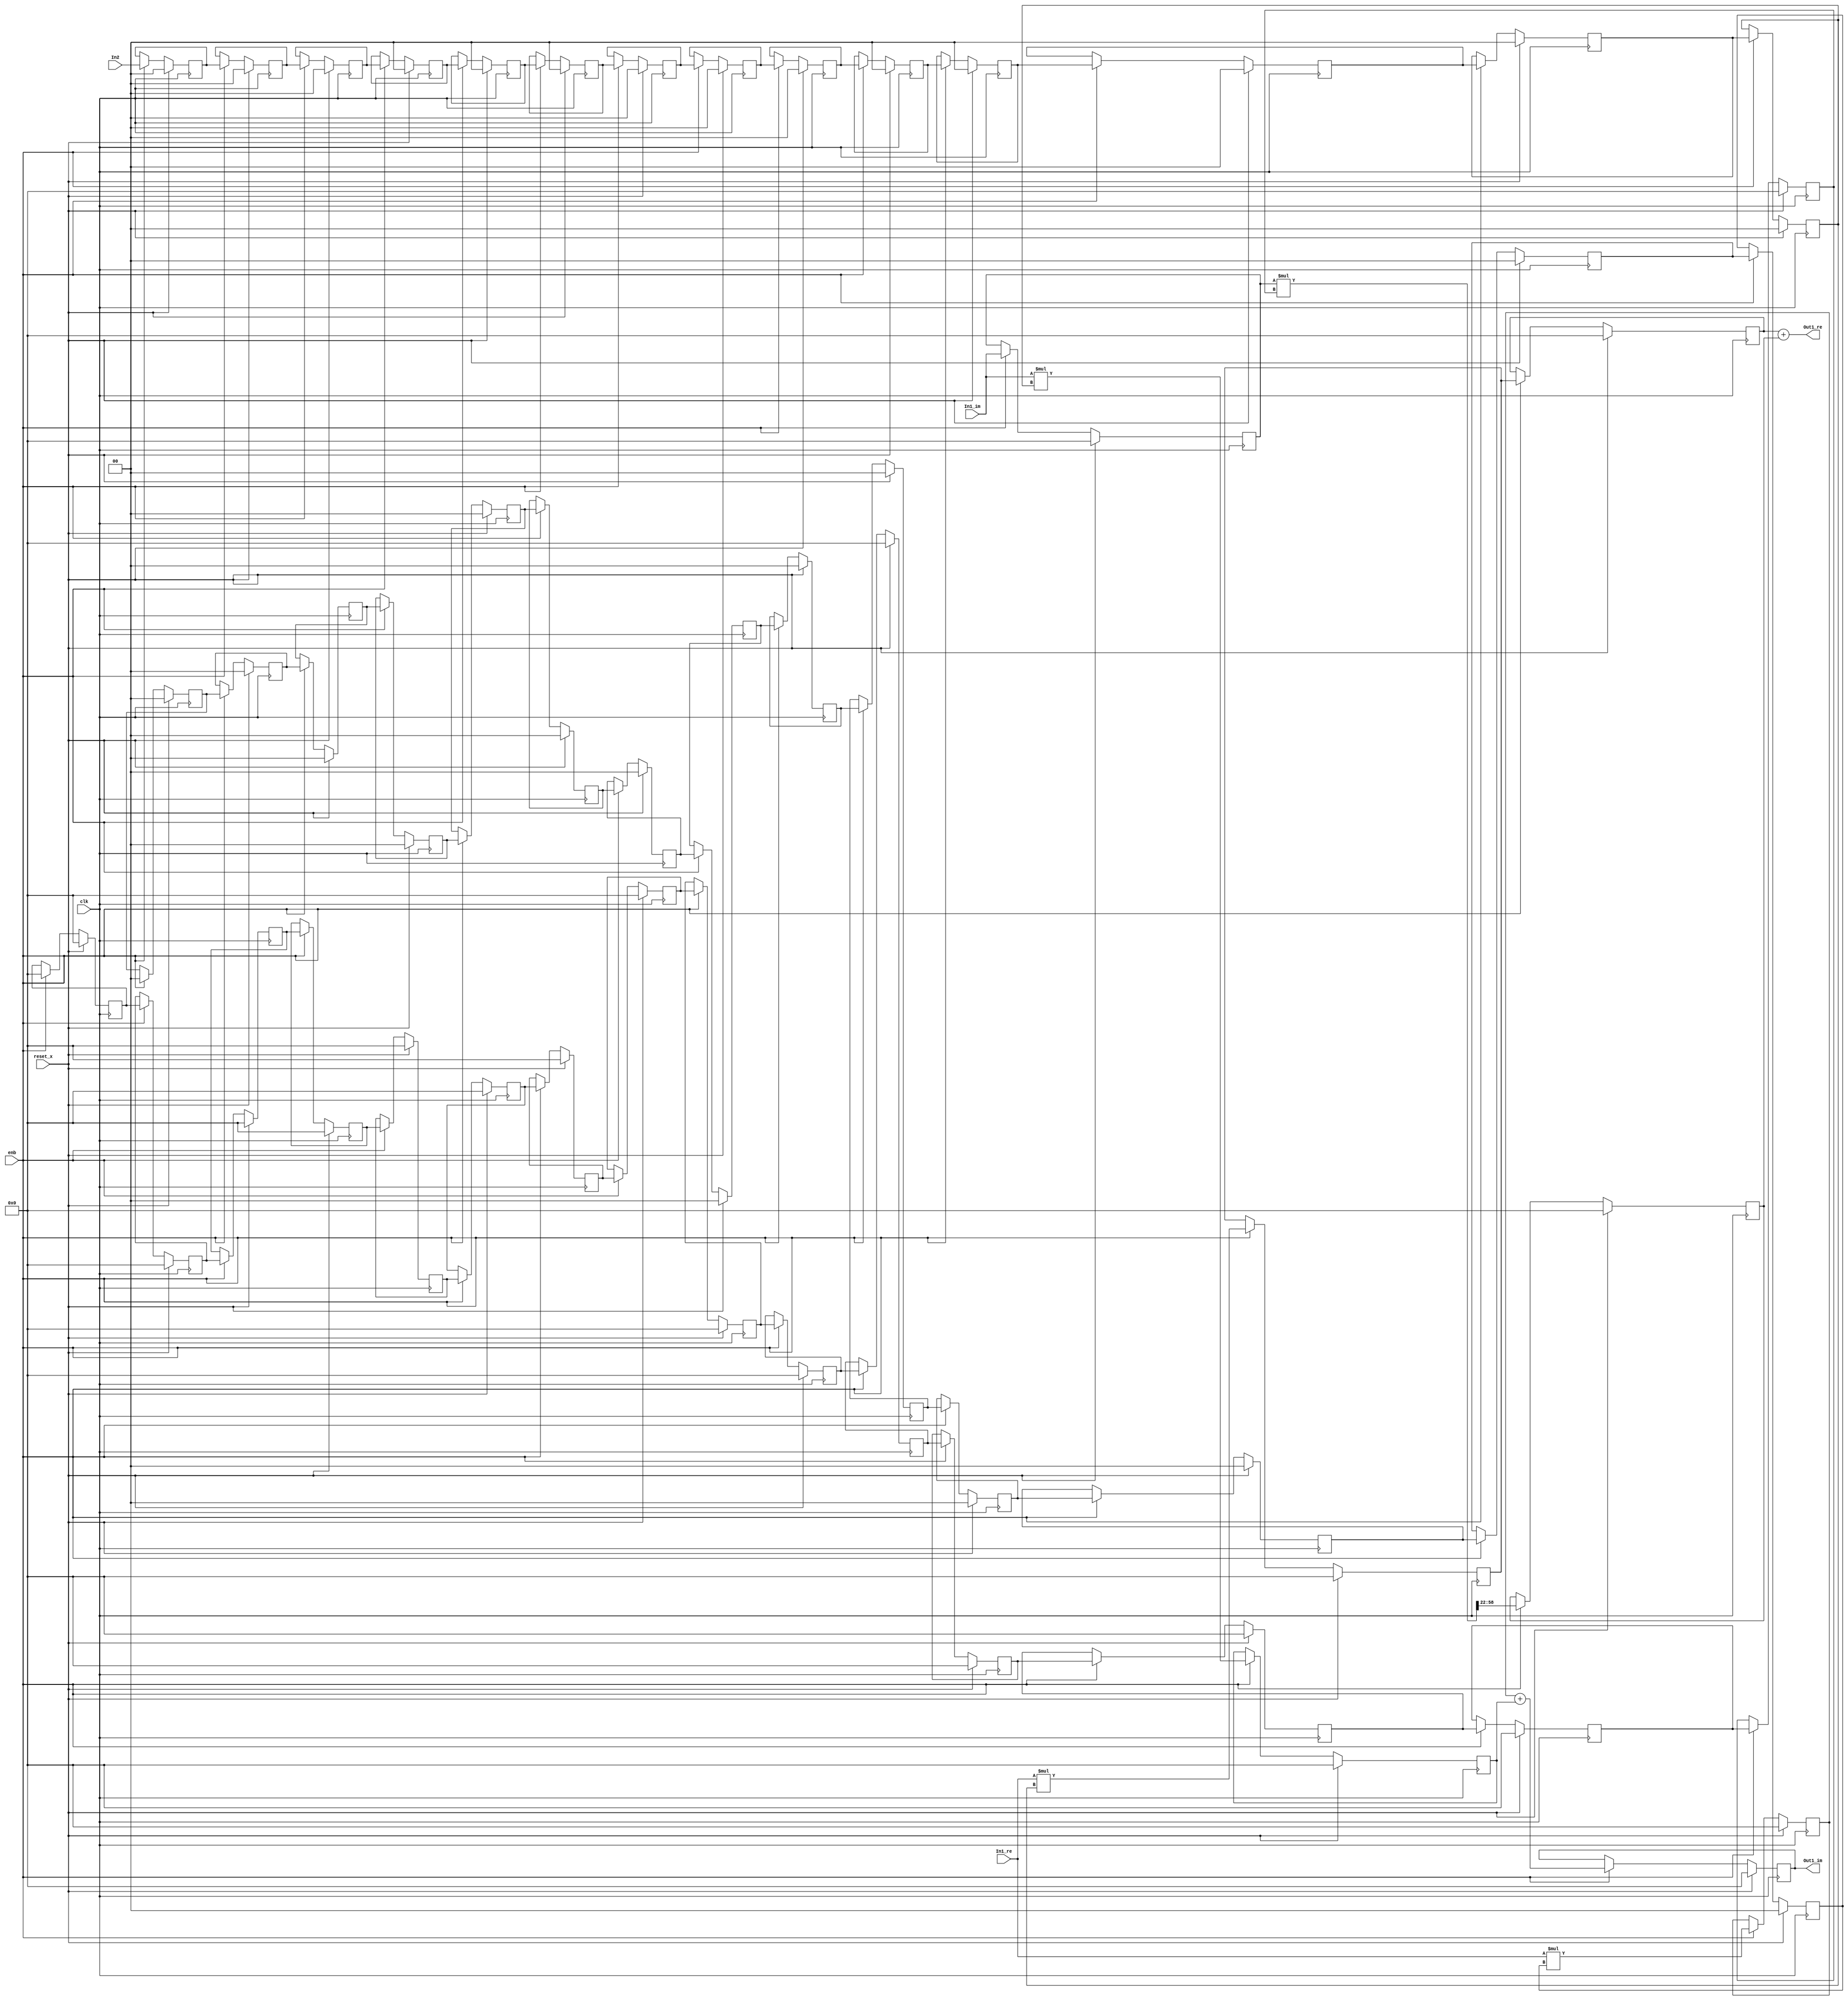
// -------------------------------------------------------------
// 
// 
// Generated by MATLAB 9.8 and HDL Coder 3.16
// 
// -------------------------------------------------------------


// -------------------------------------------------------------
// 
// Module: Complex_multiplication_block17
// Source Path: newhope_cambios/FDHT/DFT_2/DFT10 - block_2/DFT2-column 1/DFT2-2/Complex-multiplication
// Hierarchy Level: 5
// 
// -------------------------------------------------------------

`timescale 1 ns / 1 ns

module Complex_multiplication_block17
          (clk,
           reset_x,
           enb,
           In1_re,
           In1_im,
           In2,
           Out1_re,
           Out1_im);


  input   clk;
  input   reset_x;
  input   enb;
  input   signed [36:0] In1_re;  // sfix37_En22
  input   signed [36:0] In1_im;  // sfix37_En22
  input   signed [1:0] In2;  // sfix2
  output  signed [36:0] Out1_re;  // sfix37_En22
  output  signed [36:0] Out1_im;  // sfix37_En22


  wire signed [1:0] Complex_to_Real_Imag2_out1;  // sfix2
  wire signed [1:0] Complex_to_Real_Imag2_out2;  // sfix2
  reg signed [1:0] reduced_reg [0:13];  // sfix2 [14]
  wire signed [1:0] reduced_reg_next [0:13];  // sfix2 [14]
  wire signed [1:0] Complex_to_Real_Imag2_out1_1;  // sfix2
  wire signed [38:0] Product_mul_temp;  // sfix39_En22
  wire signed [36:0] Product_out1;  // sfix37_En22
  reg signed [36:0] delayMatch2_reg [0:1];  // sfix37 [2]
  wire signed [36:0] delayMatch2_reg_next [0:1];  // sfix37_En22 [2]
  wire signed [36:0] Product_out1_1;  // sfix37_En22
  reg signed [36:0] Complex_to_Real_Imag1_out2;  // sfix37_En22
  wire signed [1:0] Constant_out1;  // sfix2
  wire signed [3:0] Product4_mul_temp;  // sfix4
  wire signed [36:0] Product4_out1;  // sfix37_En22
  reg signed [36:0] HwModeRegister1_reg [0:14];  // sfix37 [15]
  wire signed [36:0] HwModeRegister1_reg_next [0:14];  // sfix37_En22 [15]
  wire signed [36:0] Product4_out1_1;  // sfix37_En22
  wire signed [73:0] Product1_mul_temp;  // sfix74_En44
  wire signed [36:0] Product1_out1;  // sfix37_En22
  reg signed [36:0] Product1_out1_1;  // sfix37_En22
  wire signed [36:0] Sum_out1;  // sfix37_En22
  reg signed [1:0] delayMatch3_reg [0:13];  // sfix2 [14]
  wire signed [1:0] delayMatch3_reg_next [0:13];  // sfix2 [14]
  wire signed [1:0] Complex_to_Real_Imag2_out2_1;  // sfix2
  wire signed [38:0] Product2_mul_temp;  // sfix39_En22
  wire signed [36:0] Product2_out1;  // sfix37_En22
  reg signed [36:0] Product2_out1_1;  // sfix37_En22
  wire signed [38:0] Product3_mul_temp;  // sfix39_En22
  wire signed [36:0] Product3_out1;  // sfix37_En22
  reg signed [36:0] Product3_out1_1;  // sfix37_En22
  wire signed [36:0] Sum1_out1;  // sfix37_En22
  reg signed [36:0] Sum1_out1_1;  // sfix37_En22


  assign Complex_to_Real_Imag2_out1 = In2;
  assign Complex_to_Real_Imag2_out2 = 2'sb00;



  always @(posedge clk)
    begin : reduced_process
      if (reset_x == 1'b1) begin
        reduced_reg[0] <= 2'sb00;
        reduced_reg[1] <= 2'sb00;
        reduced_reg[2] <= 2'sb00;
        reduced_reg[3] <= 2'sb00;
        reduced_reg[4] <= 2'sb00;
        reduced_reg[5] <= 2'sb00;
        reduced_reg[6] <= 2'sb00;
        reduced_reg[7] <= 2'sb00;
        reduced_reg[8] <= 2'sb00;
        reduced_reg[9] <= 2'sb00;
        reduced_reg[10] <= 2'sb00;
        reduced_reg[11] <= 2'sb00;
        reduced_reg[12] <= 2'sb00;
        reduced_reg[13] <= 2'sb00;
      end
      else begin
        if (enb) begin
          reduced_reg[0] <= reduced_reg_next[0];
          reduced_reg[1] <= reduced_reg_next[1];
          reduced_reg[2] <= reduced_reg_next[2];
          reduced_reg[3] <= reduced_reg_next[3];
          reduced_reg[4] <= reduced_reg_next[4];
          reduced_reg[5] <= reduced_reg_next[5];
          reduced_reg[6] <= reduced_reg_next[6];
          reduced_reg[7] <= reduced_reg_next[7];
          reduced_reg[8] <= reduced_reg_next[8];
          reduced_reg[9] <= reduced_reg_next[9];
          reduced_reg[10] <= reduced_reg_next[10];
          reduced_reg[11] <= reduced_reg_next[11];
          reduced_reg[12] <= reduced_reg_next[12];
          reduced_reg[13] <= reduced_reg_next[13];
        end
      end
    end

  assign Complex_to_Real_Imag2_out1_1 = reduced_reg[13];
  assign reduced_reg_next[0] = Complex_to_Real_Imag2_out1;
  assign reduced_reg_next[1] = reduced_reg[0];
  assign reduced_reg_next[2] = reduced_reg[1];
  assign reduced_reg_next[3] = reduced_reg[2];
  assign reduced_reg_next[4] = reduced_reg[3];
  assign reduced_reg_next[5] = reduced_reg[4];
  assign reduced_reg_next[6] = reduced_reg[5];
  assign reduced_reg_next[7] = reduced_reg[6];
  assign reduced_reg_next[8] = reduced_reg[7];
  assign reduced_reg_next[9] = reduced_reg[8];
  assign reduced_reg_next[10] = reduced_reg[9];
  assign reduced_reg_next[11] = reduced_reg[10];
  assign reduced_reg_next[12] = reduced_reg[11];
  assign reduced_reg_next[13] = reduced_reg[12];



  assign Product_mul_temp = In1_re * Complex_to_Real_Imag2_out1_1;
  assign Product_out1 = Product_mul_temp[36:0];



  always @(posedge clk)
    begin : delayMatch2_process
      if (reset_x == 1'b1) begin
        delayMatch2_reg[0] <= 37'sh0000000000;
        delayMatch2_reg[1] <= 37'sh0000000000;
      end
      else begin
        if (enb) begin
          delayMatch2_reg[0] <= delayMatch2_reg_next[0];
          delayMatch2_reg[1] <= delayMatch2_reg_next[1];
        end
      end
    end

  assign Product_out1_1 = delayMatch2_reg[1];
  assign delayMatch2_reg_next[0] = Product_out1;
  assign delayMatch2_reg_next[1] = delayMatch2_reg[0];



  always @(posedge clk)
    begin : HwModeRegister_process
      if (reset_x == 1'b1) begin
        Complex_to_Real_Imag1_out2 <= 37'sh0000000000;
      end
      else begin
        if (enb) begin
          Complex_to_Real_Imag1_out2 <= In1_im;
        end
      end
    end



  assign Constant_out1 = 2'sb11;



  assign Product4_mul_temp = Complex_to_Real_Imag2_out2 * Constant_out1;
  assign Product4_out1 = {{11{Product4_mul_temp[3]}}, {Product4_mul_temp, 22'b0000000000000000000000}};



  always @(posedge clk)
    begin : HwModeRegister1_process
      if (reset_x == 1'b1) begin
        HwModeRegister1_reg[0] <= 37'sh0000000000;
        HwModeRegister1_reg[1] <= 37'sh0000000000;
        HwModeRegister1_reg[2] <= 37'sh0000000000;
        HwModeRegister1_reg[3] <= 37'sh0000000000;
        HwModeRegister1_reg[4] <= 37'sh0000000000;
        HwModeRegister1_reg[5] <= 37'sh0000000000;
        HwModeRegister1_reg[6] <= 37'sh0000000000;
        HwModeRegister1_reg[7] <= 37'sh0000000000;
        HwModeRegister1_reg[8] <= 37'sh0000000000;
        HwModeRegister1_reg[9] <= 37'sh0000000000;
        HwModeRegister1_reg[10] <= 37'sh0000000000;
        HwModeRegister1_reg[11] <= 37'sh0000000000;
        HwModeRegister1_reg[12] <= 37'sh0000000000;
        HwModeRegister1_reg[13] <= 37'sh0000000000;
        HwModeRegister1_reg[14] <= 37'sh0000000000;
      end
      else begin
        if (enb) begin
          HwModeRegister1_reg[0] <= HwModeRegister1_reg_next[0];
          HwModeRegister1_reg[1] <= HwModeRegister1_reg_next[1];
          HwModeRegister1_reg[2] <= HwModeRegister1_reg_next[2];
          HwModeRegister1_reg[3] <= HwModeRegister1_reg_next[3];
          HwModeRegister1_reg[4] <= HwModeRegister1_reg_next[4];
          HwModeRegister1_reg[5] <= HwModeRegister1_reg_next[5];
          HwModeRegister1_reg[6] <= HwModeRegister1_reg_next[6];
          HwModeRegister1_reg[7] <= HwModeRegister1_reg_next[7];
          HwModeRegister1_reg[8] <= HwModeRegister1_reg_next[8];
          HwModeRegister1_reg[9] <= HwModeRegister1_reg_next[9];
          HwModeRegister1_reg[10] <= HwModeRegister1_reg_next[10];
          HwModeRegister1_reg[11] <= HwModeRegister1_reg_next[11];
          HwModeRegister1_reg[12] <= HwModeRegister1_reg_next[12];
          HwModeRegister1_reg[13] <= HwModeRegister1_reg_next[13];
          HwModeRegister1_reg[14] <= HwModeRegister1_reg_next[14];
        end
      end
    end

  assign Product4_out1_1 = HwModeRegister1_reg[14];
  assign HwModeRegister1_reg_next[0] = Product4_out1;
  assign HwModeRegister1_reg_next[1] = HwModeRegister1_reg[0];
  assign HwModeRegister1_reg_next[2] = HwModeRegister1_reg[1];
  assign HwModeRegister1_reg_next[3] = HwModeRegister1_reg[2];
  assign HwModeRegister1_reg_next[4] = HwModeRegister1_reg[3];
  assign HwModeRegister1_reg_next[5] = HwModeRegister1_reg[4];
  assign HwModeRegister1_reg_next[6] = HwModeRegister1_reg[5];
  assign HwModeRegister1_reg_next[7] = HwModeRegister1_reg[6];
  assign HwModeRegister1_reg_next[8] = HwModeRegister1_reg[7];
  assign HwModeRegister1_reg_next[9] = HwModeRegister1_reg[8];
  assign HwModeRegister1_reg_next[10] = HwModeRegister1_reg[9];
  assign HwModeRegister1_reg_next[11] = HwModeRegister1_reg[10];
  assign HwModeRegister1_reg_next[12] = HwModeRegister1_reg[11];
  assign HwModeRegister1_reg_next[13] = HwModeRegister1_reg[12];
  assign HwModeRegister1_reg_next[14] = HwModeRegister1_reg[13];



  assign Product1_mul_temp = Complex_to_Real_Imag1_out2 * Product4_out1_1;
  assign Product1_out1 = Product1_mul_temp[58:22];



  always @(posedge clk)
    begin : PipelineRegister1_process
      if (reset_x == 1'b1) begin
        Product1_out1_1 <= 37'sh0000000000;
      end
      else begin
        if (enb) begin
          Product1_out1_1 <= Product1_out1;
        end
      end
    end



  assign Sum_out1 = Product_out1_1 + Product1_out1_1;



  assign Out1_re = Sum_out1;

  always @(posedge clk)
    begin : delayMatch3_process
      if (reset_x == 1'b1) begin
        delayMatch3_reg[0] <= 2'sb00;
        delayMatch3_reg[1] <= 2'sb00;
        delayMatch3_reg[2] <= 2'sb00;
        delayMatch3_reg[3] <= 2'sb00;
        delayMatch3_reg[4] <= 2'sb00;
        delayMatch3_reg[5] <= 2'sb00;
        delayMatch3_reg[6] <= 2'sb00;
        delayMatch3_reg[7] <= 2'sb00;
        delayMatch3_reg[8] <= 2'sb00;
        delayMatch3_reg[9] <= 2'sb00;
        delayMatch3_reg[10] <= 2'sb00;
        delayMatch3_reg[11] <= 2'sb00;
        delayMatch3_reg[12] <= 2'sb00;
        delayMatch3_reg[13] <= 2'sb00;
      end
      else begin
        if (enb) begin
          delayMatch3_reg[0] <= delayMatch3_reg_next[0];
          delayMatch3_reg[1] <= delayMatch3_reg_next[1];
          delayMatch3_reg[2] <= delayMatch3_reg_next[2];
          delayMatch3_reg[3] <= delayMatch3_reg_next[3];
          delayMatch3_reg[4] <= delayMatch3_reg_next[4];
          delayMatch3_reg[5] <= delayMatch3_reg_next[5];
          delayMatch3_reg[6] <= delayMatch3_reg_next[6];
          delayMatch3_reg[7] <= delayMatch3_reg_next[7];
          delayMatch3_reg[8] <= delayMatch3_reg_next[8];
          delayMatch3_reg[9] <= delayMatch3_reg_next[9];
          delayMatch3_reg[10] <= delayMatch3_reg_next[10];
          delayMatch3_reg[11] <= delayMatch3_reg_next[11];
          delayMatch3_reg[12] <= delayMatch3_reg_next[12];
          delayMatch3_reg[13] <= delayMatch3_reg_next[13];
        end
      end
    end

  assign Complex_to_Real_Imag2_out2_1 = delayMatch3_reg[13];
  assign delayMatch3_reg_next[0] = Complex_to_Real_Imag2_out2;
  assign delayMatch3_reg_next[1] = delayMatch3_reg[0];
  assign delayMatch3_reg_next[2] = delayMatch3_reg[1];
  assign delayMatch3_reg_next[3] = delayMatch3_reg[2];
  assign delayMatch3_reg_next[4] = delayMatch3_reg[3];
  assign delayMatch3_reg_next[5] = delayMatch3_reg[4];
  assign delayMatch3_reg_next[6] = delayMatch3_reg[5];
  assign delayMatch3_reg_next[7] = delayMatch3_reg[6];
  assign delayMatch3_reg_next[8] = delayMatch3_reg[7];
  assign delayMatch3_reg_next[9] = delayMatch3_reg[8];
  assign delayMatch3_reg_next[10] = delayMatch3_reg[9];
  assign delayMatch3_reg_next[11] = delayMatch3_reg[10];
  assign delayMatch3_reg_next[12] = delayMatch3_reg[11];
  assign delayMatch3_reg_next[13] = delayMatch3_reg[12];



  assign Product2_mul_temp = In1_re * Complex_to_Real_Imag2_out2_1;
  assign Product2_out1 = Product2_mul_temp[36:0];



  always @(posedge clk)
    begin : PipelineRegister2_process
      if (reset_x == 1'b1) begin
        Product2_out1_1 <= 37'sh0000000000;
      end
      else begin
        if (enb) begin
          Product2_out1_1 <= Product2_out1;
        end
      end
    end



  assign Product3_mul_temp = In1_im * Complex_to_Real_Imag2_out1_1;
  assign Product3_out1 = Product3_mul_temp[36:0];



  always @(posedge clk)
    begin : PipelineRegister3_process
      if (reset_x == 1'b1) begin
        Product3_out1_1 <= 37'sh0000000000;
      end
      else begin
        if (enb) begin
          Product3_out1_1 <= Product3_out1;
        end
      end
    end



  assign Sum1_out1 = Product2_out1_1 + Product3_out1_1;



  always @(posedge clk)
    begin : delayMatch5_process
      if (reset_x == 1'b1) begin
        Sum1_out1_1 <= 37'sh0000000000;
      end
      else begin
        if (enb) begin
          Sum1_out1_1 <= Sum1_out1;
        end
      end
    end



  assign Out1_im = Sum1_out1_1;

endmodule  // Complex_multiplication_block17